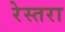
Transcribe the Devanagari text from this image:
रेस्तरा